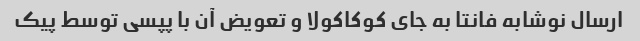
ارسال نوشابه فانتا به جای کوکاکولا و تعویض آن با پپسی توسط پیک